Tezpur Lunatic Asylum reports 1877-1894 - 1877-1894
Year: 1877
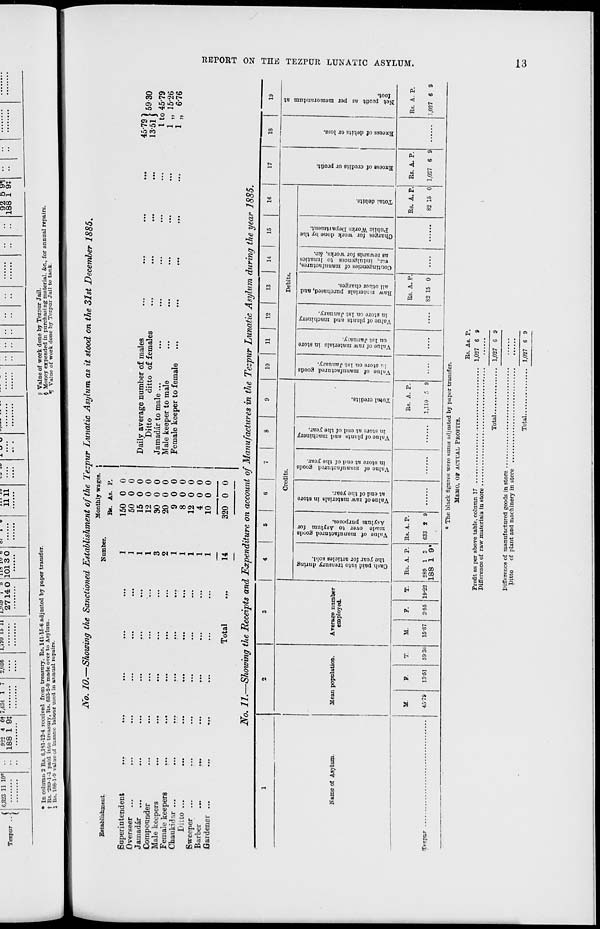
3
I
s
V. |
s 3
o
CD
o o
•S3
P »
s a
«-B
IS
gi
||
99
33
B°
on S
to
to
03 £
CO'
3
0
CD
K i
K &
o <g
o I
g
O
5"
1
i
-i
5
©
_
M
a
o
to
**■
**
o>
en
<o
(C
O
I
Cash paid into trensury during
the year for articles sold,
Value of manufactnred goods
made over to Asylum for
Asylum purposes.
Value of raw materials in store
at end of the year.
Vnlnc of manufactured goods
in store at end of the year.
Value of plants and machinery
in store at end of the year.
Total credits.
I
1
§2
<3
c^
Co
Vnlue of manufactured goods
iu store on 1st January.
CO
to
W
>
©
ni
Value of raw materials in store
on 1st Janua;y.
Value of plants and machinery
in store on 1st January.
Raw n/iterials purchased, and
all other charges.
Contingencies of manufactures,
viz., indulgences to lunatic-
as rewards for works, &o.
Charges for work done by the
Public Works Department.
Total debits.
Excess of credits or profit.
Excess of debits or loss.
Net profit as per memorandum at
foot.
DWJ Q2&9Z9™
E s. S ?! Sill's
© -1 CD "2 &>
3
<$ 8 » . . ex
3
»•
I
E IT
B
c*>
a
I
©
cs
O
s
3
en.
"3.
a'
so
S'
CO
I
i
Si
SI
Oo
Oo
£
• • s •
I tfk. I MMMHl-ttOWMMuw
a
i
to
©
o
©
o^MoottOotceioo
ooooooooooo
ooooooooooo
4
S3 o
1
3
eft
a
SS"
S
s ^-s
"<
n.
3-
c? S
D CD
CD ft
ST-S
13
CD CD
i
E-
CD
EH
3
93 .
o^
H|
C
O CD
3 0q
CD
CD
a
&a t-t- ■*.
•
S cr
O CD
•-I
o o
H> Hi
H> a
CD O
B I
E. CD
CD
CO
s
s
a
Co
§
a-
o
3
«.
3*
Cb
Co
Co
«>
5-
>~» t-> ^»
- —
<-t-
- - o
H-t tO
cnoict CO
C75 C. <0
CO
o
OO
OO
L. 10
Its
c
3 § *.
Ill
"PI
ft? 5 :)
III
B»i
re ^
S.
cr
00 to
CQo
Si
1
I a
fcOV
<i«
Oa
Oo
So E
cS*
"^ o
oS**
*"*
= 3 i.
^^ o.
a a o
o 5-B
3 = (P
N S S
"3 Z' B
S.OC
-I 1
cT2.
E.8 1
r 8
a
s
a
'a
p
00 CO
00 to
t-'cn
cocc
£T
'WQIASV oi&vman yajzax frni NO iHOdan